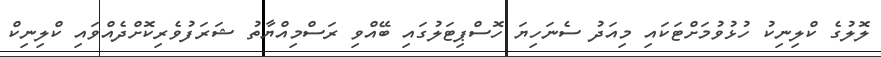
ލޮލުގެ ކްލިނިކު ހުޅުވުމަށްޓަކައި މިއަދު ސެނަހިޔަ ހޮސްޕިޓަލުގައި ބޭއްވި ރަސްމިއްޔާތު ޝަރަފުވެރިކޮށްދެއްވައި ކްލިނިކް